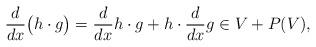
LaTeX: \begin{align*}\frac{d}{dx} \big( h \cdot g \big) = \frac{d}{dx} h \cdot g + h \cdot \frac{d}{dx} g \in V + P(V),\end{align*}